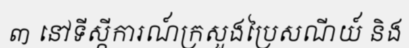
៣ នៅទីស្កីការណ៍ក្រសួងប្រៃសណីយ៍ និង